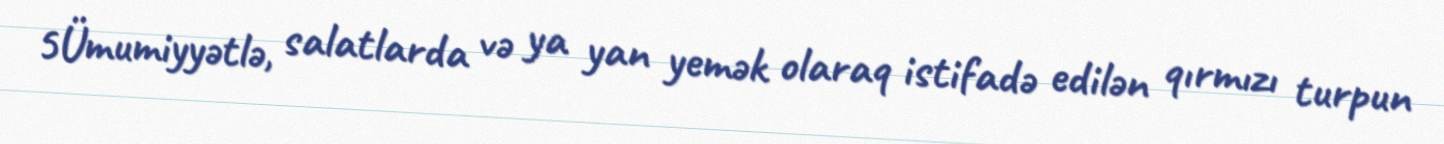
5Ümumiyyətlə, salatlarda və ya yan yemək olaraq istifadə edilən qırmızı turpun